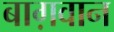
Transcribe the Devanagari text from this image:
बाग़वान